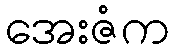
အေးဇံက